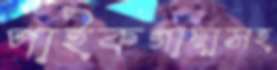
পাইকগাছাসহ